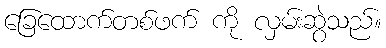
ခြေထောက်တစ်ဖက် ကို လှမ်းဆွဲသည်။